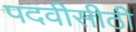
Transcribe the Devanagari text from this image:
पदवीसीठी